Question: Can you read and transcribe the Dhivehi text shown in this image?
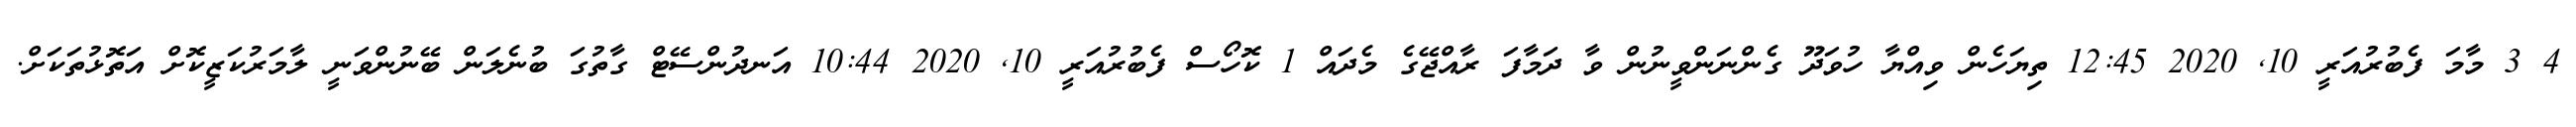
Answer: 4 3 މާމަ ފެބުރުއަރީ 10, 2020 12:45 ތިޔަހެން ވިއްޔާ ހުވަދޫ ގެންނަންވީނުން ވާ ދަމާފަ ރާއްޖޭގެ މެދައް 1 ކޮހޯސް ފެބުރުއަރީ 10, 2020 10:44 އަނދުންސޭޓް ގާތުގަ ބުނެލަން ބޭނުންވަނީ ލާމަރުކަޒީކޮށް އަތޮޅުތަކަށް.